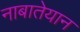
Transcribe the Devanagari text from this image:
नाबातेयान